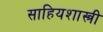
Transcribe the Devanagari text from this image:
साहियशास्त्री